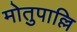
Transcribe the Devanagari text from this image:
मोतुपाल्लि